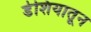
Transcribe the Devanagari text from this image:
डेशियातून